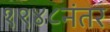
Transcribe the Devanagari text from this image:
१९४८नंतर